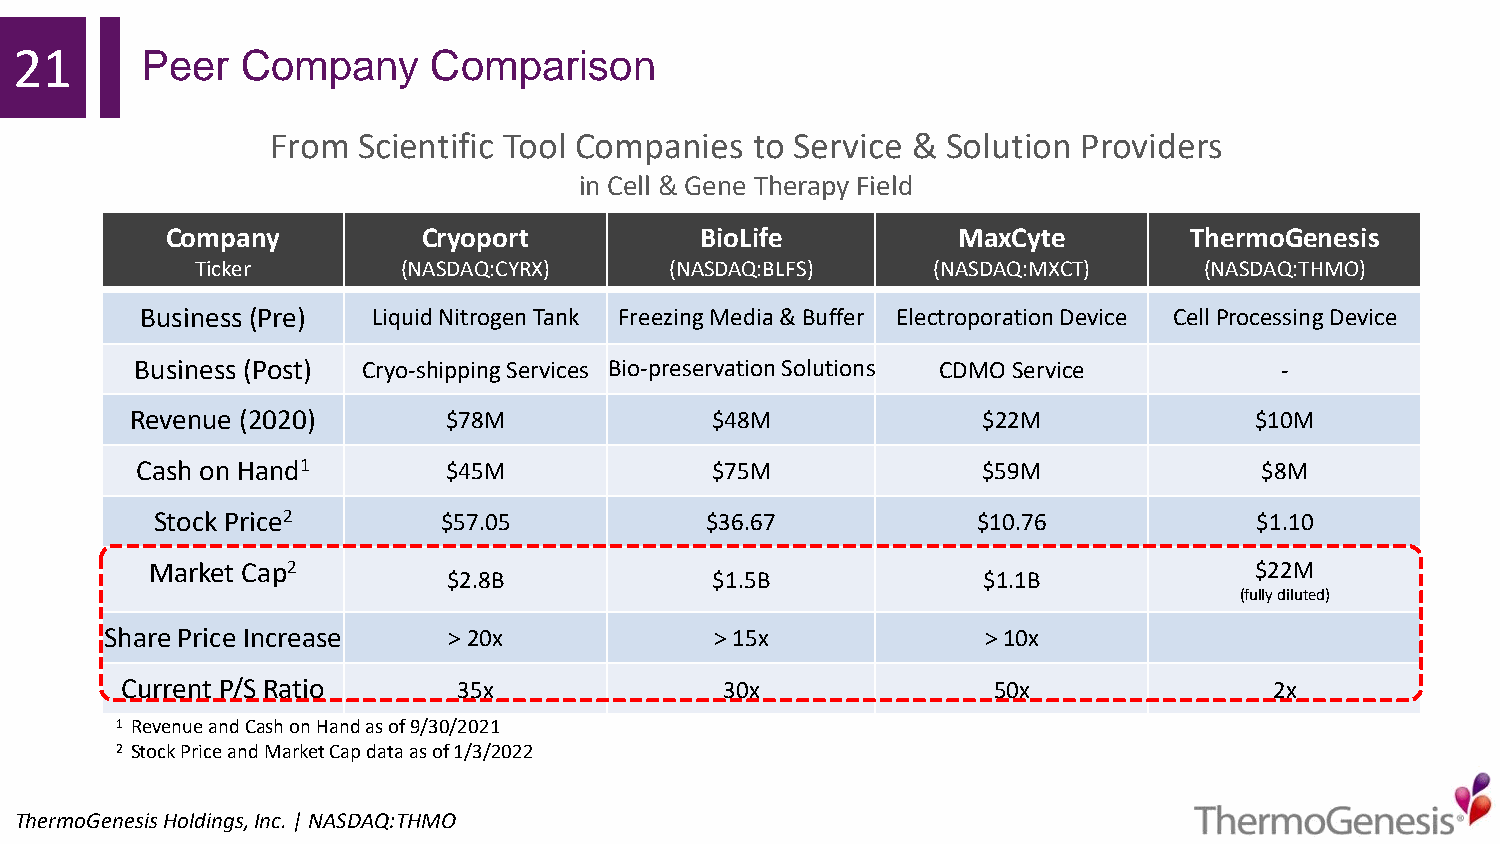
21      Peer   Company     Comparison
 From  Scientific Tool Companies to Service & Solution Providers
 in Cell & Gene Therapy Field
 Company          Cryoport          BioLife          MaxCyte         ThermoGenesis
 Ticker        (NASDAQ:CYRX)    (NASDAQ:BLFS)     (NASDAQ:MXCT)     (NASDAQ:THMO)
 Business (Pre)  LiquidNitrogenTank FreezingMedia&Buffer ElectroporationDevice CellProcessingDevice
 Business (Post) Cryo-shipping Services Bio-preservationSolutions CDMOService -
 Revenue (2020)       $78M             $48M              $22M              $10M
 Cash on Hand1        $45M             $75M              $59M               $8M
 Stock Price2       $57.05            $36.67            $10.76            $1.10
 Market Cap2                                                              $22M
 $2.8B            $1.5B             $1.1B
 (fully diluted)
 Share Price Increase   >20x             >15x              >10x
 Current P/SRatio      35x               30x               50x               2x
 1 Revenue and Cash on Hand as of 9/30/2021
 2 Stock Price and Market Cap data as of 1/3/2022
 ThermoGenesisHoldings,Inc.| NASDAQ:THMO